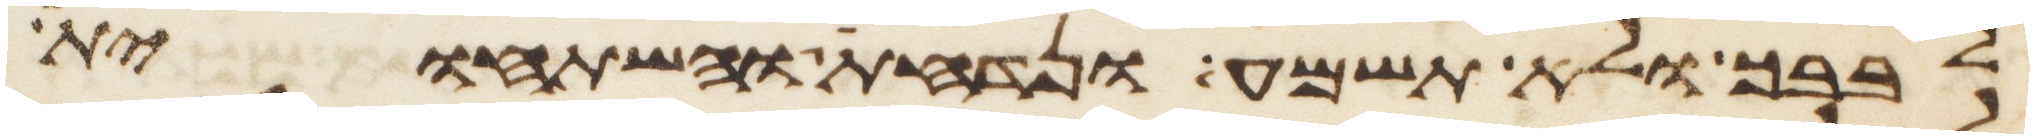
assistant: לבבך ולא תשמע ונדחת והשתחוית